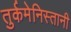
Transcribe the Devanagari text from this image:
तुर्कमेनिस्तानी